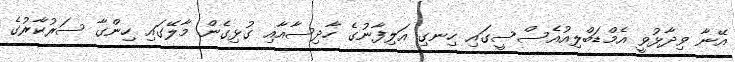
އޭނާ ވިދާޅުވީ އެމްޑަބްލިއުއެސްސީގައި ހިނގި އަލިފާނުގެ ހާދިސާއާއި ގުޅިގެން މާލޭގައި ހިންގާ ސަރުކާރުގެ